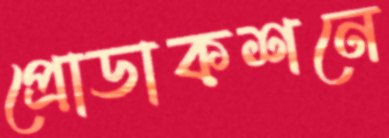
প্রোডাকশনে